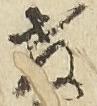
教